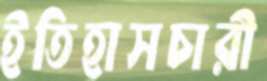
ইতিহাসচারী